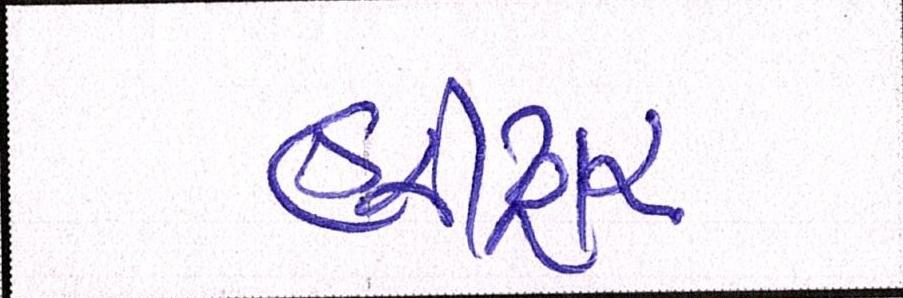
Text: હરીદ્વાર